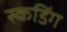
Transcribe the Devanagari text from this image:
स्कडिंग